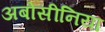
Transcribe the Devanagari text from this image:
अबोसीनिया